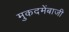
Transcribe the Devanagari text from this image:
मुकदमेंबाजी